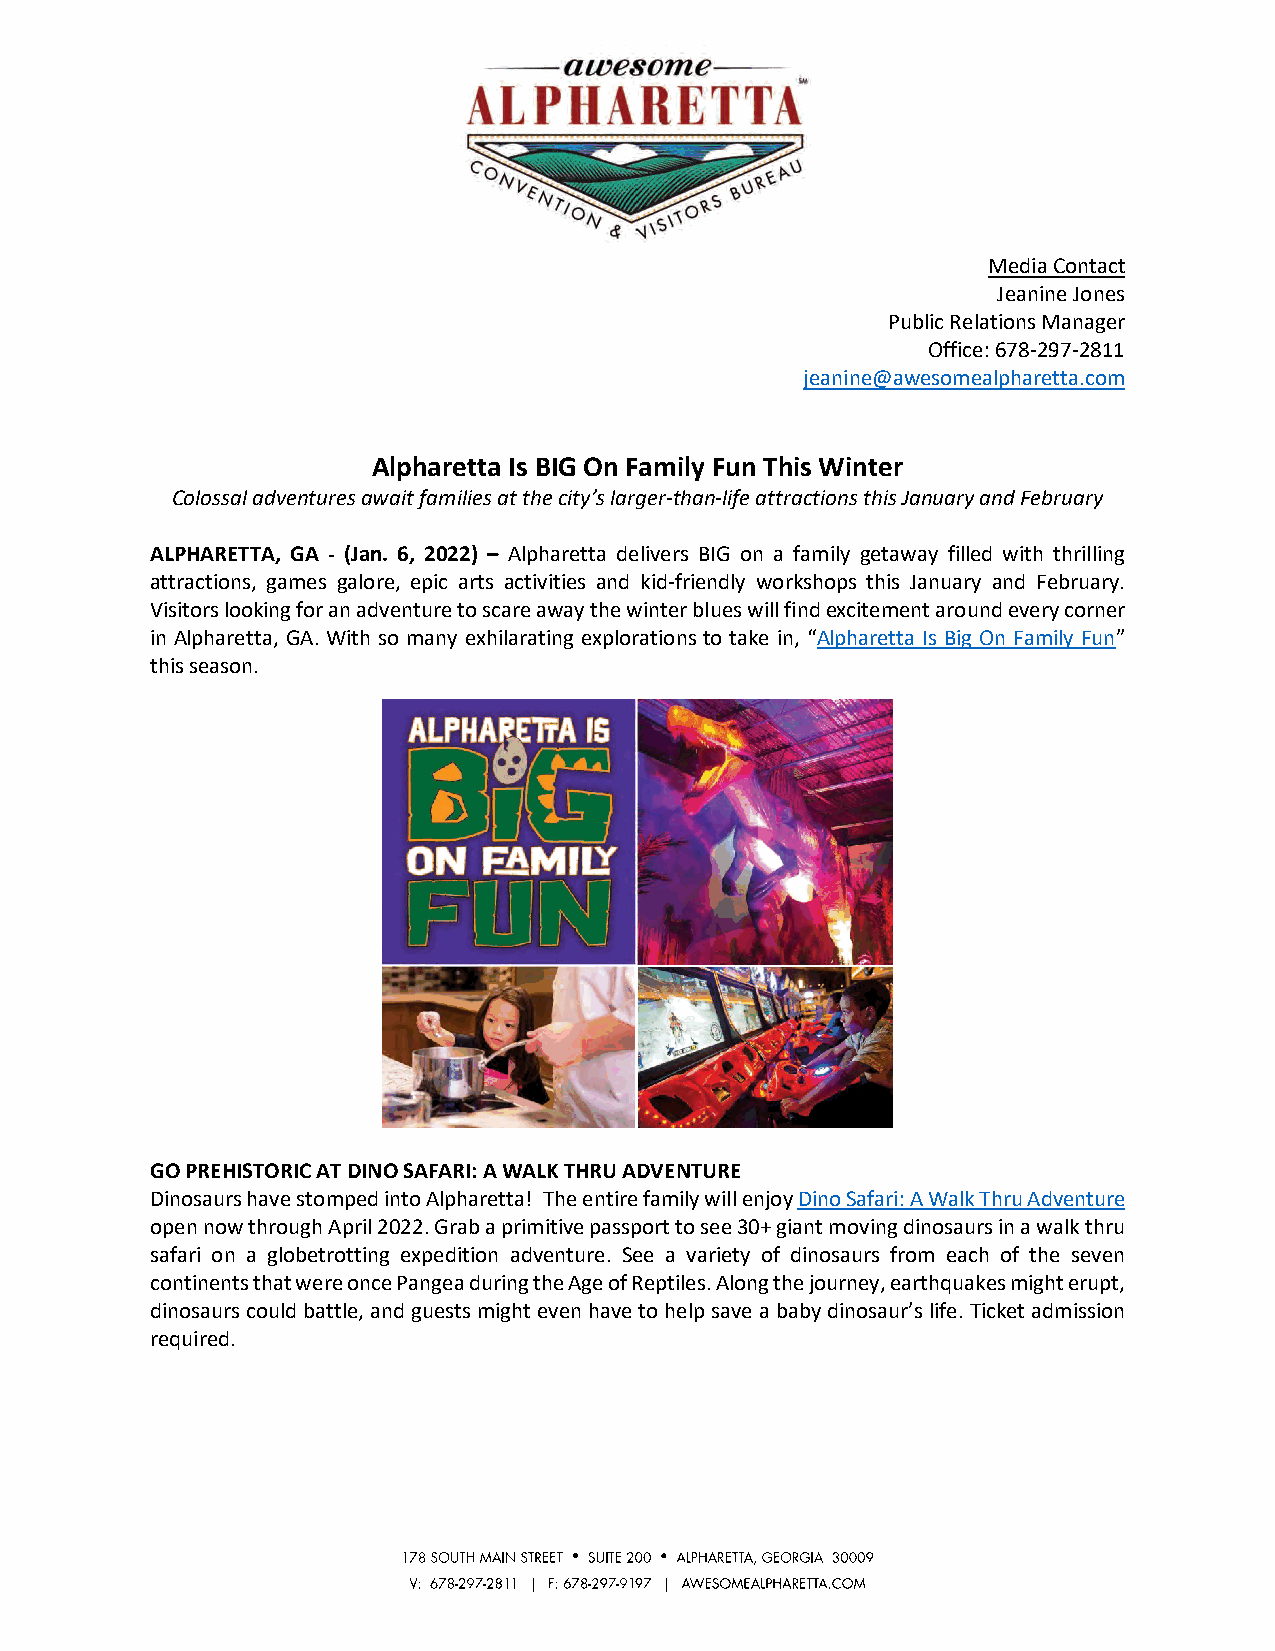
Media Contact
 Jeanine Jones
 Public Relations Manager
 Office: 678-297-2811
 jeanine@awesomealpharetta.com
 Alpharetta Is BIG On Family Fun This Winter
 Colossal adventures await families at the city’s larger-than-life attractions this January and February
 ALPHARETTA, GA - (Jan. 6, 2022) – Alpharetta delivers BIG on a family getaway filled with thrilling
 attractions, games galore, epic arts activities and kid-friendly workshops this January and February.
 Visitors looking for an adventure to scare away the winter blues will find excitement around every corner
 in Alpharetta, GA. With so many exhilarating explorations to take in, “Alpharetta Is Big On Family Fun”
 this season.
 GO PREHISTORIC AT DINO SAFARI: A WALK THRU ADVENTURE
 Dinosaurs have stomped into Alpharetta! The entire family will enjoy Dino Safari: A Walk Thru Adventure
 open now through April 2022. Grab a primitive passport to see 30+ giant moving dinosaurs in a walk thru
 safari on a globetrotting expedition adventure. See a variety of dinosaurs from each of the seven
 continents that were once Pangea during the Age of Reptiles. Along the journey, earthquakes might erupt,
 dinosaurs could battle, and guests might even have to help save a baby dinosaur’s life. Ticket admission
 required.